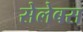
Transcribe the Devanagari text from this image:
सेलेबस